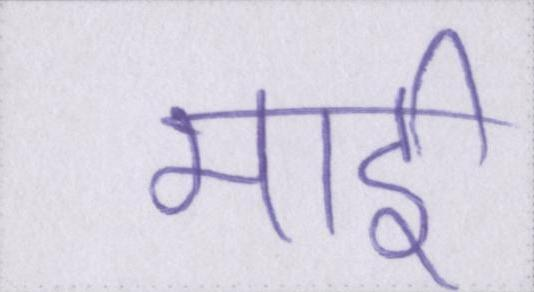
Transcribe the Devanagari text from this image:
माई